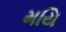
મયિ